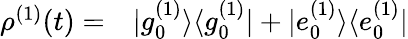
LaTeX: \begin{array}{rl}{\rho^{(1)}(t)=}&{{}|g_{0}^{(1)}\rangle\langle g_{0}^{(1)}|+|e_{0}^{(1)}\rangle\langle e_{0}^{(1)}|}\end{array}